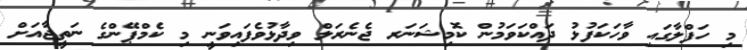
މި ހަފްލާގައި ވާހަކަފުޅު ދައްކަވަމުން ކޮމިޝަނަރ ޖެނެރަލް ވިދާޅުވެފައިވަނީ މި ކެމްޕޭންގެ ނަތީޖާއަށް